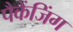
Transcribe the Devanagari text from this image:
पैकेंजिंग